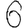
Digit: 6